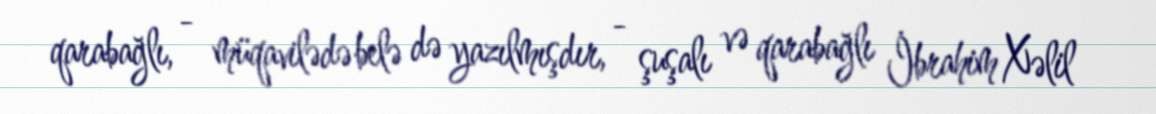
qarabağlı, - müqavilədə belə də yazılmışdır, - şuşalı və qarabağlı İbrahim Xəlil